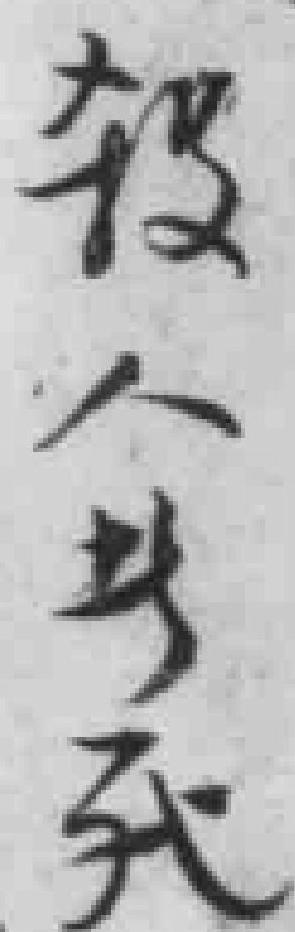
殺人者死